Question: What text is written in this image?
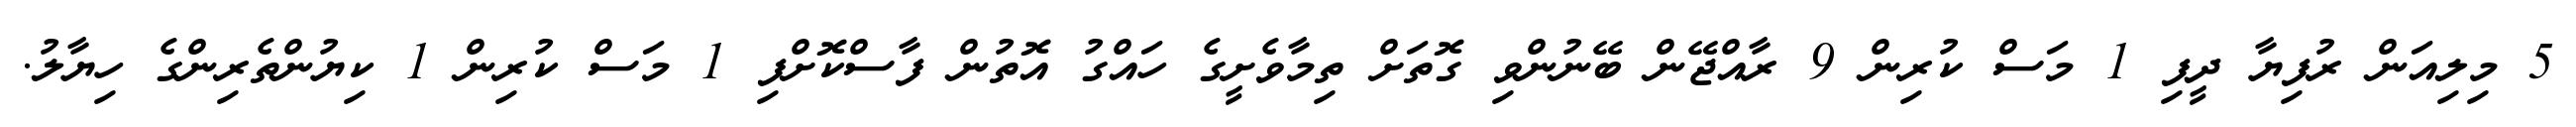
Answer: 5 މިލިއަން ރުފިޔާ ދީފި 1 މަސް ކުރިން 9 ރާއްޖޭން ބޭނުންވި ގޮތަށް ތިމާވެށީގެ ހައްގު އޮތުން ފާސްކޮށްފި 1 މަސް ކުރިން 1 ކިޔުންތެރިންގެ ހިޔާލު.